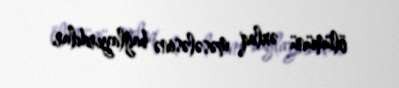
ölümünü əxlaq məsələsinə bağlayırdılar.